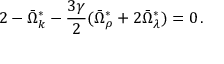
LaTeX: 2 - \bar { \Omega } _ { k } ^ { \ast } - \frac { 3 \gamma } { 2 } ( \bar { \Omega } _ { \rho } ^ { \ast } + 2 \bar { \Omega } _ { \lambda } ^ { \ast } ) = 0 \, .